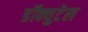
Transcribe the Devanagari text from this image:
डॉक्युटेल